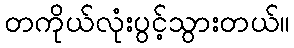
တကိုယ်လုံးပွင့်သွားတယ်။